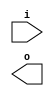
module buffer( i , o );
  input i ;
  output o ;
endmodule
module inverter( i , o );
  input i ;
  output o ;
endmodule
module top( x0 , x1 , x2 , x3 , x4 , y0 , y1 );
  input x0 , x1 , x2 , x3 , x4 ;
  output y0 , y1 ;
  wire n2 , n4 , n5 , n6 , n8 , n10 , n12 , n13 , n14 , n15 , n16 , n17 , n18 , n19 , n20 , n21 , n22 , n23 ;
  buffer buf_n2( .i (x0), .o (n2) );
  buffer buf_n8( .i (x2), .o (n8) );
  assign n13 = n2 & n8 ;
  buffer buf_n14( .i (n13), .o (n14) );
  buffer buf_n15( .i (n14), .o (n15) );
  buffer buf_n4( .i (x1), .o (n4) );
  buffer buf_n5( .i (n4), .o (n5) );
  buffer buf_n6( .i (n5), .o (n6) );
  buffer buf_n10( .i (x3), .o (n10) );
  assign n16 = n8 & n10 ;
  buffer buf_n17( .i (n16), .o (n17) );
  assign n18 = n6 & ~n17 ;
  assign n19 = n15 | n18 ;
  buffer buf_n12( .i (x4), .o (n12) );
  assign n20 = n4 | n12 ;
  buffer buf_n21( .i (n20), .o (n21) );
  assign n22 = ~n17 & n21 ;
  buffer buf_n23( .i (n22), .o (n23) );
  assign y0 = n19 ;
  assign y1 = n23 ;
endmodule